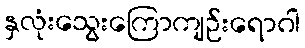
နှလုံးသွေးကြောကျဉ်းရောဂါ